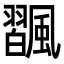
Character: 飁